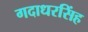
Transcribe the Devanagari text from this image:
गदाधरसिंह